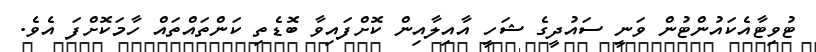
ޓުވިޓާއެކައުންޓުން ވަނީ ސައުދީގެ ޝަހީ އާއިލާއިން ކޮށްފައިވާ ބޮޑެތި ކަންތައްތައް ހާމަކޮށްފަ އެވެ.